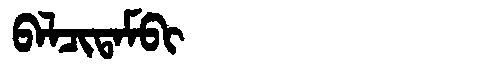
Manchu: ᠪᠠᠯᠴᡳᡨᠠᠮᠪᡳ
Romanization: BALCITAMBI